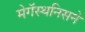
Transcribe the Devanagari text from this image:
मेगॅस्थनिसने